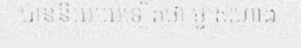
បាននិយាយទៀតថា ម្ចាស់ហាង